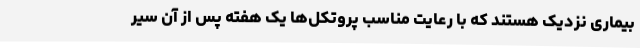
بیماری نزدیک هستند که با رعایت مناسب پروتکل‌ها یک هفته پس از آن سیر